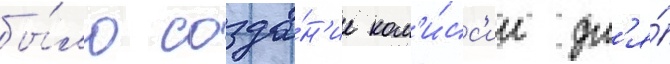
бы́ло созда́н'ие ком'и́сс'ии дл'я́